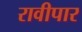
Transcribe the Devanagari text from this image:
रावीपार